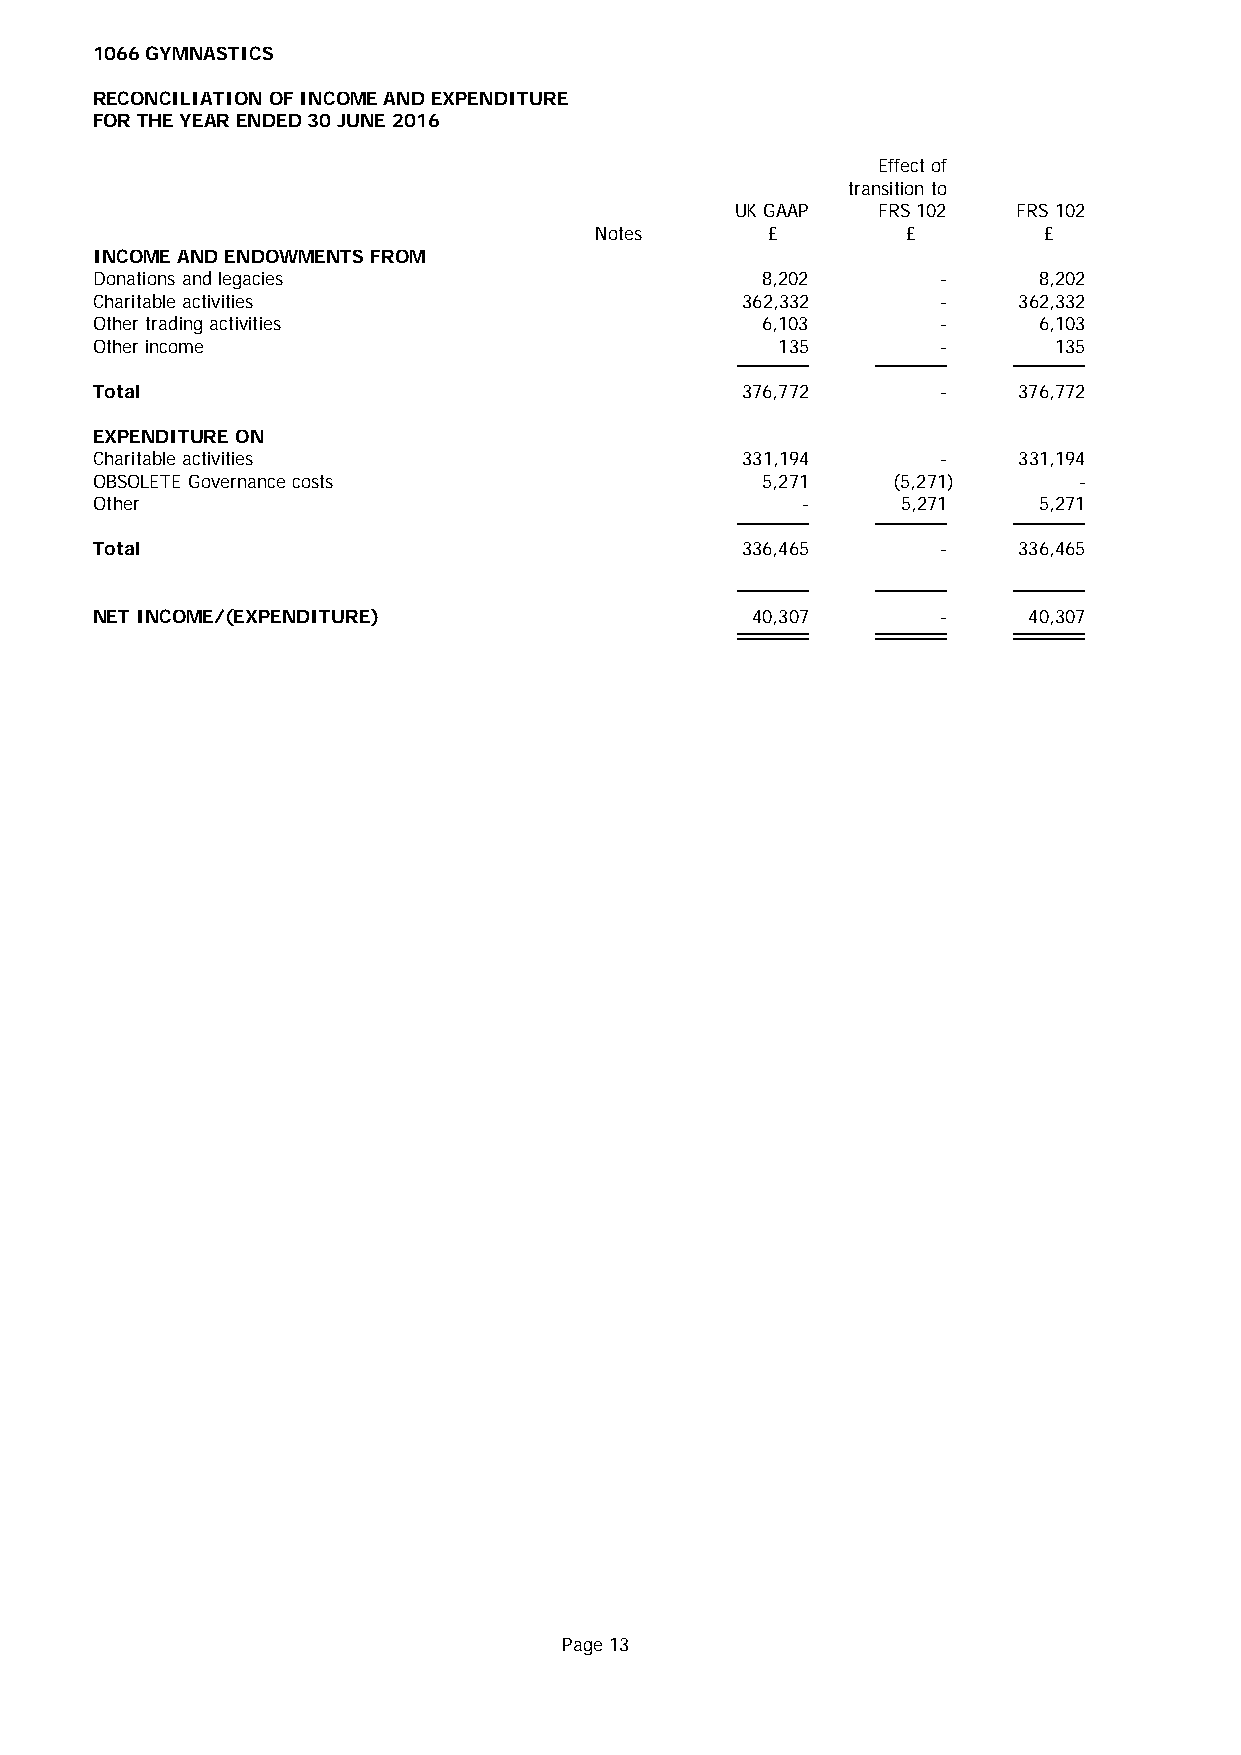
1066 GYMNASTICS
 RECONCILIATION OF INCOME AND EXPENDITURE
 FOR THE YEAR ENDED 30 JUNE 2016
 Effect of
 transition to
 UK GAAP  FRS 102  FRS 102
 Notes       £        £        £
 INCOME AND ENDOWMENTS FROM
 Donations and legacies                      8,202       -      8,202
 Charitable activities                      362,332      -    362,332
 Other trading activities                    6,103       -      6,103
 Other income                                 135        -       135
 Total                                      376,772      -    376,772
 EXPENDITURE ON
 Charitable activities                      331,194      -    331,194
 OBSOLETE Governance costs                   5,271    (5,271)     -
 Other                                          -      5,271    5,271
 Total                                      336,465      -    336,465
 NET INCOME/(EXPENDITURE)                    40,307      -     40,307
 Page 13